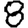
Digit: 8